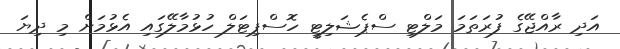
އަދި ރާއްޖޭގެ ފުރަތަމަ މަލްޓި ސްޕެޝަލިޓީ ހޮސްޕިޓަލް ހުޅުމާލޭގައި އެޅުމަށް މި ދިޔަ